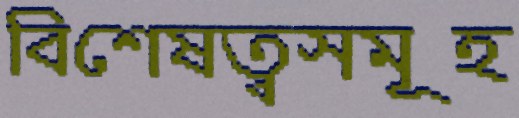
বিশেষত্বসমূহ